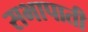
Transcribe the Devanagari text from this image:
सभापाती